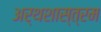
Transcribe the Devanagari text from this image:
अर्थशास्त्रम